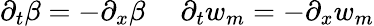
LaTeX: \partial_{t}\beta=-\partial_{x}\beta~~~~~\partial_{t}w_{m}=-\partial_{x}w_{m}